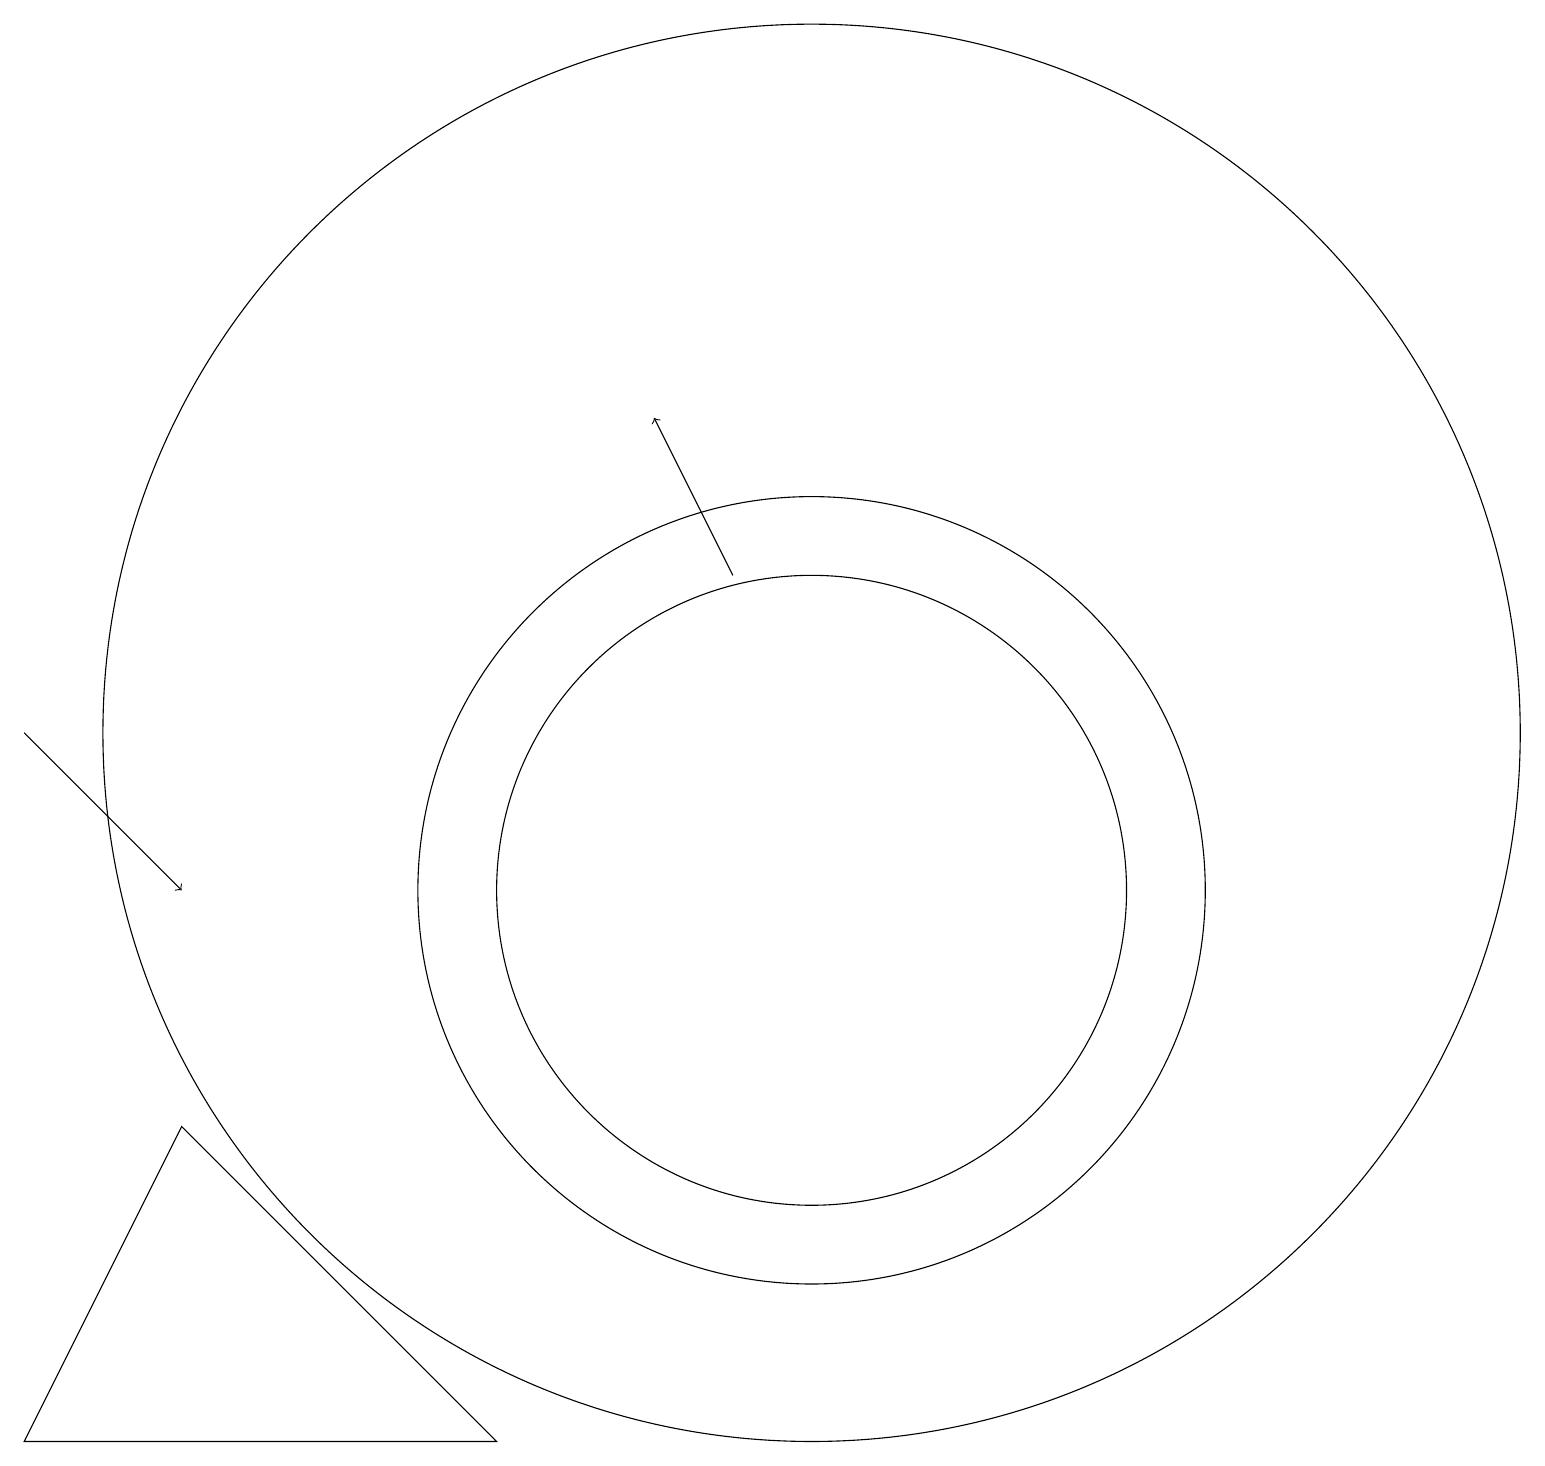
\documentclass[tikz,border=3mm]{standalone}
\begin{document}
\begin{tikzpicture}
\draw (10,10) circle (4);
\draw (10,10) circle (5);
\draw[->] (0,12) -- (2,10);
\draw (10,12) circle (9);
\draw[->] (9,14) -- (8,16);
\draw (2,7) -- (0,3) -- (6,3) -- cycle;
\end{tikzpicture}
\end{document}